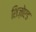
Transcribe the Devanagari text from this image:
शिज़ोएड